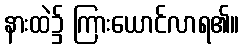
နားထဲ၌ ကြားယောင်လာရ၏။